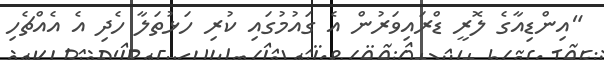
"އިންޑިއާގެ ލޮރީ ޑްރައިވަރުން އެ ގައުމުގައި ކުރި ހަޅުތަލާ ހެދި އެ އެއްޗެހި